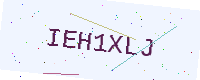
Text: IEH1XLJ